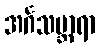
အင်္ဂသမ္ဘာရာ